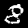
Digit: 8